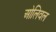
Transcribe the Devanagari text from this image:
ओलिवल